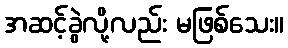
အဆင့်ခွဲလို့လည်း မဖြစ်သေး။